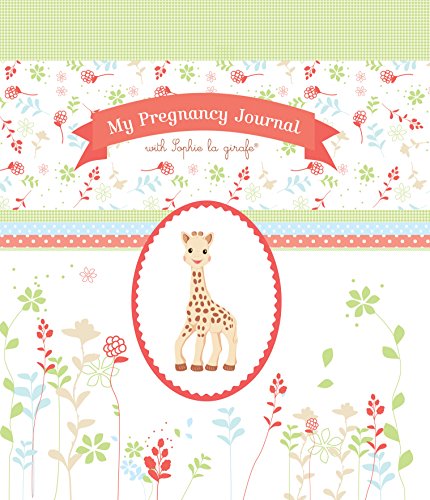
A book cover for My Pregnancy Journal with Sophie la girafeÂ® (Sophie the Giraffe); Sophie la girafe; Parenting & Relationships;